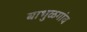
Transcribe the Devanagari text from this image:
बाभुळगांव